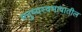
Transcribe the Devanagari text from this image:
मनुष्यस्वभावातील